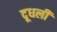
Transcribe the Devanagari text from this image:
दूधली